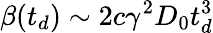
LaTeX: \beta(t_{d})\sim 2c\gamma^{2}D_{0}t_{d}^{3}